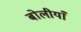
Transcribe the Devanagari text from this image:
बोलीयाँ